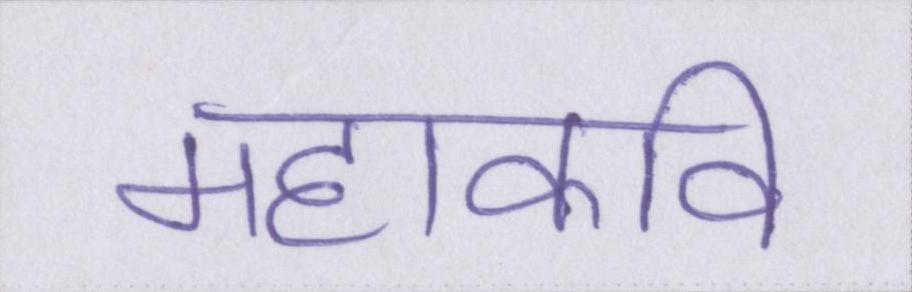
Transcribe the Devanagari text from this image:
महाकवि